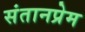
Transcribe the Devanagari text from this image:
संतानप्रेम